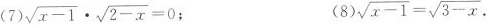
(7) $$\sqrt{x-1}\cdot \sqrt{2-x}=0$$ ； (8) $$\sqrt{x-1}= \sqrt{3-x}$$.